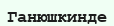
Ганюшкинде